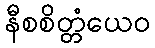
နီစစိတ္တံယေဝ